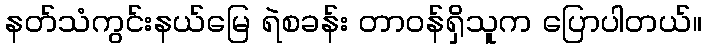
နတ်သံကွင်းနယ်မြေ ရဲစခန်း တာဝန်ရှိသူက ပြောပါတယ်။